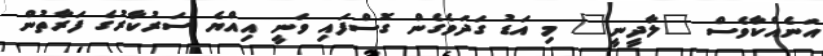
އަނެއްކާވެސް "ލާދީނީ" މި އަޑު ގަދަވެގެން ގޮސްފައި ވަނީ އިއްޔެ ސަރުކާރުގެ ފަރާތުން